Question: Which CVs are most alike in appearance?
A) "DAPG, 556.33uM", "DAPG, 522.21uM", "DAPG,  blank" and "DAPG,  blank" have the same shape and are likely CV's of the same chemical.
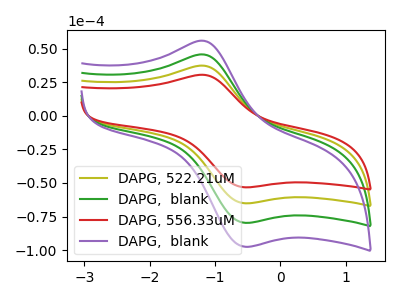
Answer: <think>The olive curve "DAPG, 522.21uM" has an anodic peak at (-1.15V, 37.15uA) and a cathodic peak at (-0.55V, -65.10uA). The green curve "DAPG,  blank" has an anodic peak at (-1.15V, 74.25uA) and a cathodic peak at (-0.55V, -130.20uA). The red curve "DAPG, 556.33uM" has an anodic peak at (-1.15V, 30.35uA) and a cathodic peak at (-0.55V, -53.20uA). The purple curve "DAPG,  blank" has an anodic peak at (-1.15V, 111.40uA) and a cathodic peak at (-0.55V, -195.30uA).
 All the peaks in "DAPG, 522.21uM" have a peak in "DAPG,  blank" at the same potential. Every peak in "DAPG, 522.21uM" is lower than every peak in "DAPG,  blank". All the peaks in "DAPG, 522.21uM" have a peak in "DAPG, 556.33uM" at the same potential. Every peak in "DAPG, 522.21uM" is higher than every peak in "DAPG, 556.33uM". All the peaks in "DAPG, 522.21uM" have a peak in "DAPG,  blank" at the same potential. Every peak in "DAPG, 522.21uM" is lower than every peak in "DAPG,  blank". All the peaks in "DAPG,  blank" have a peak in "DAPG, 556.33uM" at the same potential. Every peak in "DAPG,  blank" is higher than every peak in "DAPG, 556.33uM". All the peaks in "DAPG,  blank" have a peak in "DAPG,  blank" at the same potential. Every peak in "DAPG,  blank" is lower than every peak in "DAPG,  blank". All the peaks in "DAPG, 556.33uM" have a peak in "DAPG,  blank" at the same potential. Every peak in "DAPG, 556.33uM" is lower than every peak in "DAPG,  blank".</think>
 <answer>A) "DAPG, 556.33uM", "DAPG, 522.21uM", "DAPG,  blank" and "DAPG,  blank" have the same shape and are likely CV's of the same chemical.</answer>
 <eval>A</eval>